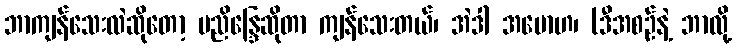
ဘာကျန်သေးလဲဆိုတော့ ပညိန္ဒြေဆိုတာ ကျန်သေးတယ်၊ အဲဒါ အမောဟ၊ (ဒီအစဉ်နဲ့ ဘာလို့